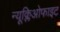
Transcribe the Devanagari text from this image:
न्यूक्लिओफाइट